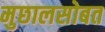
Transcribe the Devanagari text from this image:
मुछालसोबत